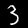
Digit: 3